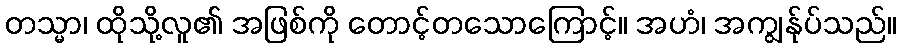
တသ္မာ၊ ထိုသို့လူ၏ အဖြစ်ကို တောင့်တသောကြောင့်။ အဟံ၊ အကျွန်ုပ်သည်။